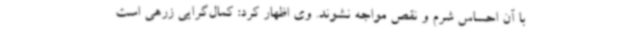
با آن احساس شرم و نقص مواجه نشوند. وی اظهار کرد: کمال‌گرایی زرهی است